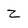
Character: Z